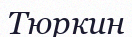
Тюркин